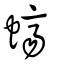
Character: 蠐